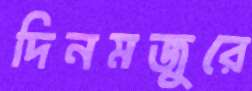
দিনমজুরে